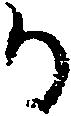
か